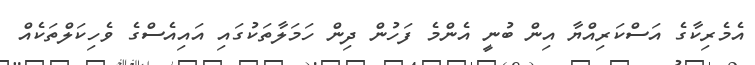
އެމެރިކާގެ އަސްކަރިއްޔާ އިން ބުނީ އެންމެ ފަހުން ދިން ހަމަލާތަކުގައި އައިއެސްގެ ވެހިކަލްތަކެއް